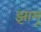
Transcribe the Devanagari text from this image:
झामू